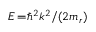
E \! = \! \hbar ^ { 2 } k ^ { 2 } / ( 2 m _ { r } )